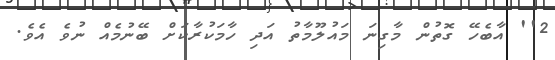
2'' އާބެހޭ ގޮތުން މާގިނަ މައުލޫމާތު އަދި ހާމަކުރާކަށް ބޭނުމެއް ނުވެ އެވެ.